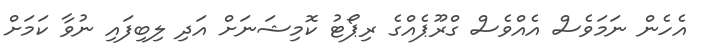
އެހެން ނަމަވެސް އެއްވެސް ގްރޫޕެއްގެ ރިޕޯޓު ކޮމިޝަނަށް އަދި ލިބިފައި ނުވާ ކަމަށް